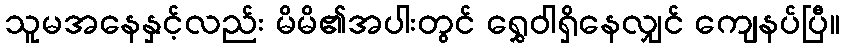
သူမအနေနှင့်လည်း မိမိ၏အပါးတွင် ရွှေဝါရှိနေလျှင် ကျေနပ်ပြီ။